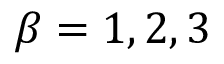
\beta = 1 , 2 , 3